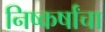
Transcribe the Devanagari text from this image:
निष्कर्षांचा